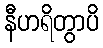
နီဟရိတွာပိ